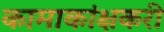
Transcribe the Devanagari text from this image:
कामाकांक्षकरी